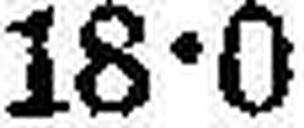
18•0